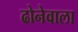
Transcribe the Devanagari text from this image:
ढोनेवाला